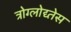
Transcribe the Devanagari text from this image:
त्रोग्लोद्य्तेस